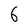
Character: 6